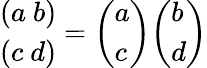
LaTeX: {\begin{array}{l}{(a\ b)}\\ {(c\ d)}\end{array}}={\left(\begin{array}{l}{a}\\ {c}\end{array}\right)}{\left(\begin{array}{l}{b}\\ {d}\end{array}\right)}